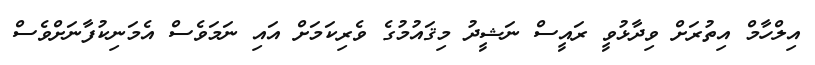
އިލްހާމް އިތުރަށް ވިދާޅުވީ ރައީސް ނަޝީދު މިޤައުމުގެ ވެރިކަމަށް އައި ނަމަވެސް އެމަނިކުފާނަށްވެސް